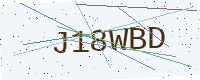
Text: J18WBD